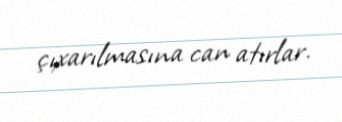
çıxarılmasına can atırlar.